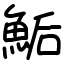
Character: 鮜